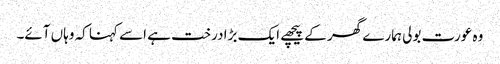
وہ عورت بولی ہمارے گھر کے پیچھے ایک بڑا درخت ہے اسے کہنا کہ وہاں آئے۔